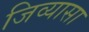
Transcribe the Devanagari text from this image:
जिव्यासा